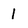
Character: 1